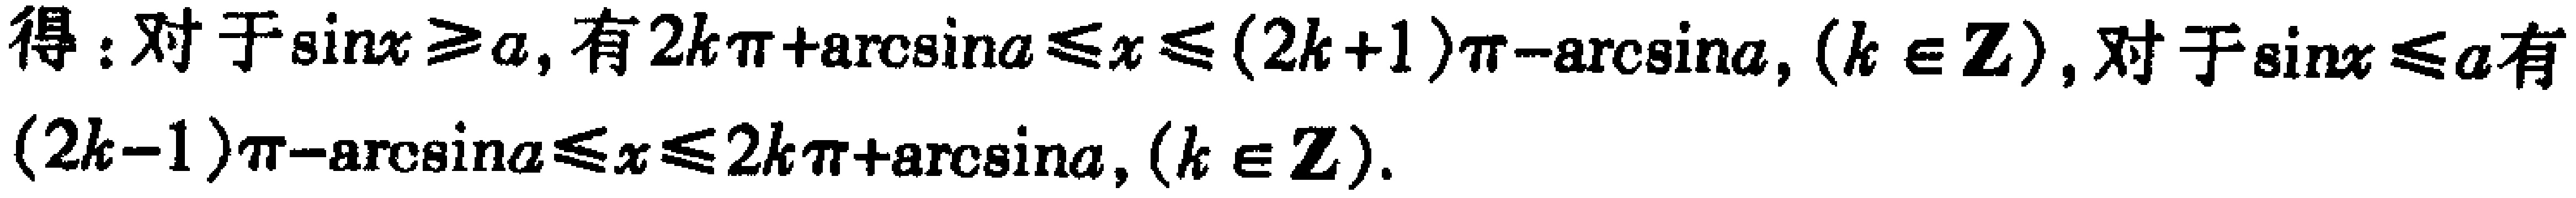
得：对于\(\sin x\geq a\)，有\(2k\pi+\arcsin a\leq x\leq(2k + 1)\pi-\arcsin a\)，\((k\in\mathbb{Z})\)，对于\(\sin x\leq a\)有\((2k - 1)\pi-\arcsin a\leq x\leq2k\pi+\arcsin a\)，\((k\in\mathbb{Z})\)。